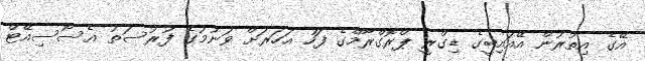
އޭގެ އިތުރުން އޭއައިބީގެ ޑިގްރީ ޕްރޮގްރާމްގެ ފަހު އަހަރަށް ވަނުމުގެ ފުރުސަތު އެސޯސިއޭޓް